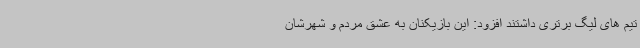
تیم های لیگ برتری داشتند افزود: این بازیکنان به عشق مردم و شهرشان